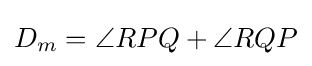
D_{m}=\angle RPQ+\angle RQP